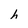
Character: h